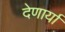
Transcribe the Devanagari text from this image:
देणार्यां